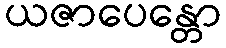
ယဇာပေန္တော